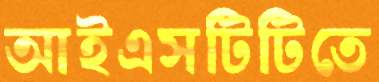
আইএসটিটিতে